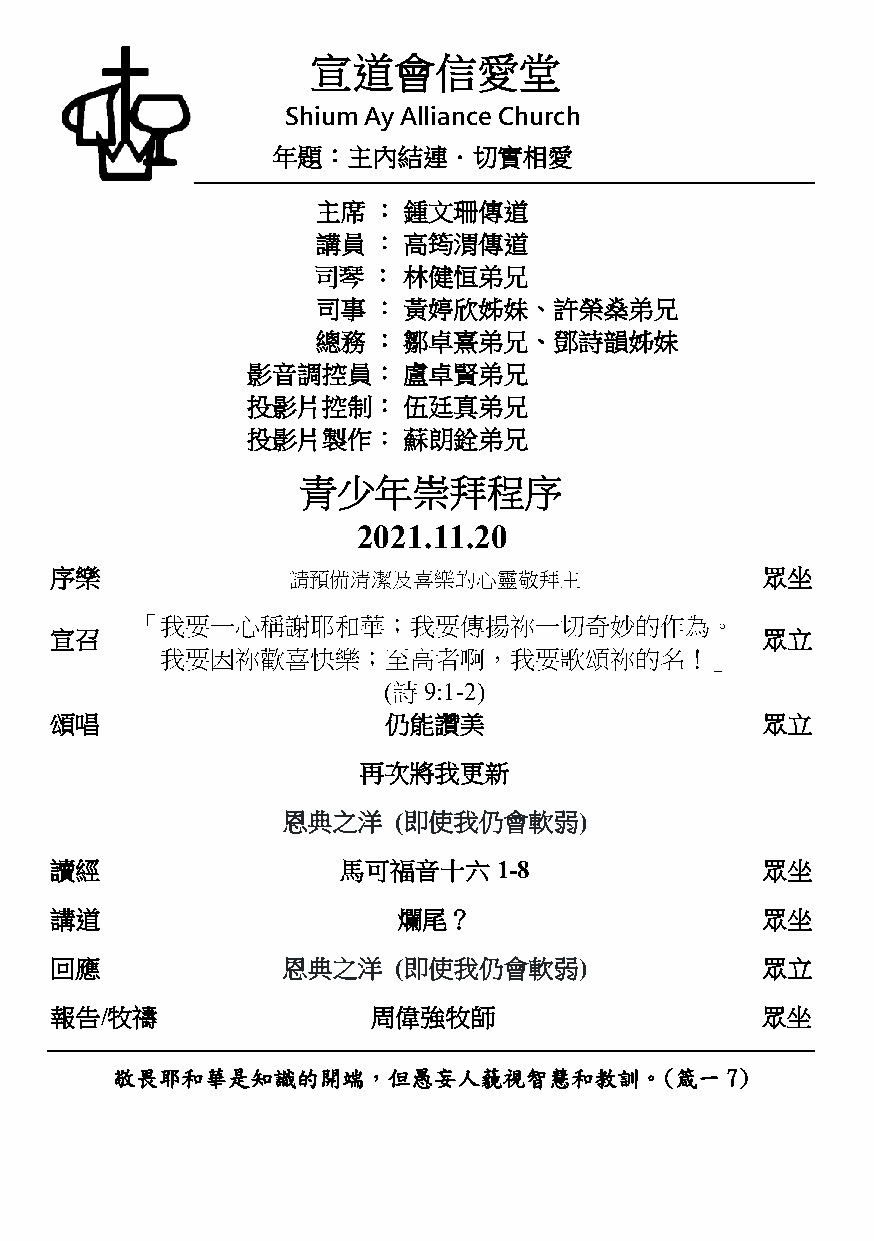
宣道會信愛堂
 Shium Ay Alliance Church
 年題：主內結連．切實相愛
 主席  ： 鍾文珊傳道
 講員  ： 高筠渭傳道
 司琴  ： 林健恒弟兄
 司事  ： 黃婷欣姊妹、許榮燊弟兄
 總務  ： 鄒卓熹弟兄、鄧詩韻姊妹
 影音調控員：     盧卓賢弟兄
 投影片控制：     伍廷真弟兄
 投影片製作：     蘇朗銓弟兄
 青少年崇拜程序
 2021.11.20
 序樂              請預備清潔及喜樂的心靈敬拜主                 眾坐
 「我要一心稱謝耶和華；我要傳揚祢一切奇妙的作為。
 宣召                                             眾立
 我要因祢歡喜快樂；至高者啊，我要歌頌祢的名！」
 (詩 9:1-2)
 頌唱                    仍能讚美                     眾立
 再次將我更新
 恩典之洋   (即使我仍會軟弱)
 讀經                  馬可福音十六    1-8              眾坐
 講道                     爛尾？                     眾坐
 回應              恩典之洋   (即使我仍會軟弱)               眾立
 報告/牧禱                 周偉強牧師                    眾坐
 敬畏耶和華是知識的開端，但愚妄人藐視智慧和教訓。(箴一7)